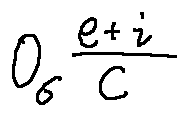
o _ { \sigma } \frac { e + i } { C }